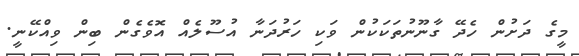
މީގެ ދަށުން ހެދޭ ގާނޫނުތަކަކުން ވަކި ހަރުދަނާ އުސޫލެއް އޮވެގެން ބިން ވިއްކޭނީ.